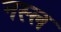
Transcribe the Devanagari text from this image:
नस्‍ल